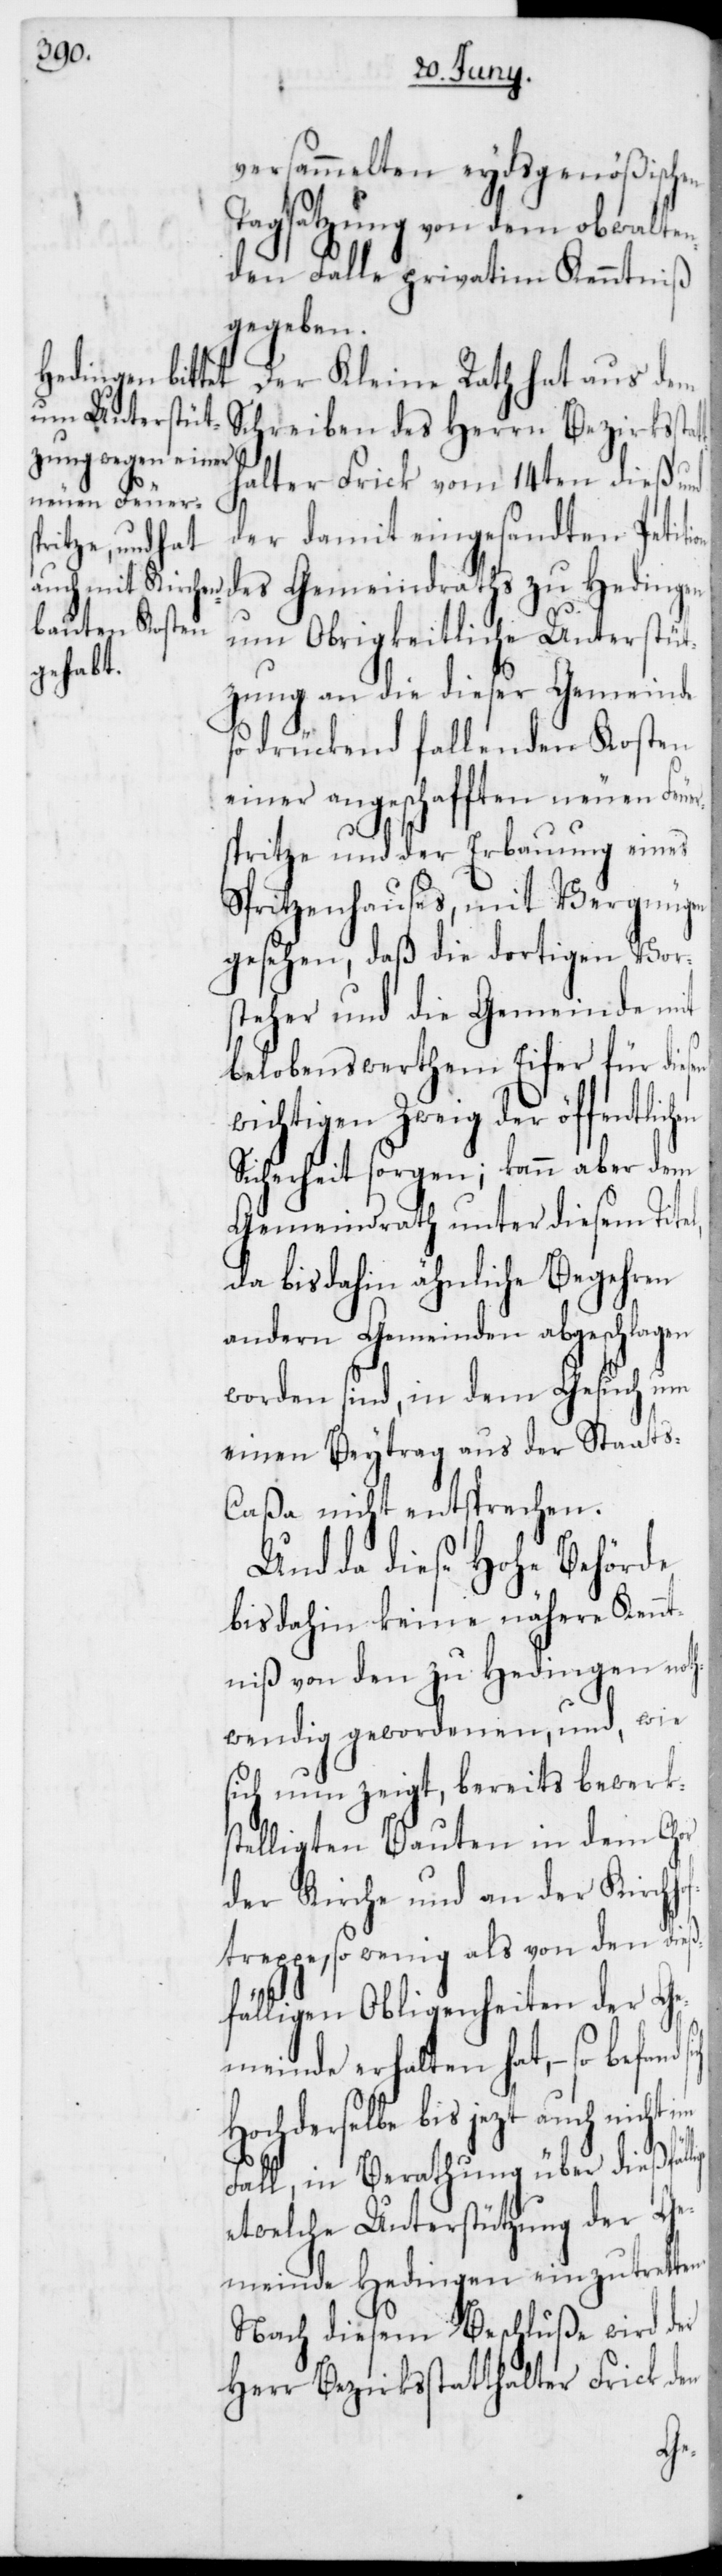
versammelten eydsgenößischen
Tagsatzung von dem obwalte¬
nden Falle privatim Kenntniß
gegeben.
Der Kleine Rath hat aus dem
Schreiben des Herrn Bezirkssta¬
halter Frick vom 14ten dieß und
der damit eingesandten Petit¬
des Gemeindraths zu Hedingen
um Obrigkeitliche Unterstüt¬
zung an die dieser Gemeinde
so drückend fallenden Kosten
einer angeschafften neuen Feue¬
rspritze und der Erbauung eines
Spritzenhauses, mit Vergnügen
gesehen, daß die dortigen Vor¬
steher und die Gemeinde mit
belobenswerthem Eifer für die¬
wichtigen Zweig der öffentlic¬
Sicherheit sorgen; kann aber dem
Gemeindrath unter diesem Tite¬
da bis dahin ähnliche Begehren
andern Gemeinden abgeschlagen
worden sind, in dem Gesuch um
einen Beytrag aus der Staats-C¬
aßa nicht entsprechen.
Und da diese Hohe Behörde
bis dahin keine nähere Kennt¬
niß von den zu Hedingen noth¬
wendig gewordenen, und, wie
sich nun zeigt, bereits bewerks¬
telligten Bauten in dem Chor
der Kirche und an der Kirchh¬
treppe, so wenig als von den dieß¬
fälligen Obligenheiten der Ge¬
meinde erhalten hat, – so befand
Hochderselbe bis jezt auch nicht
Fall, in Berathung über dießfäl¬
etwelche Unterstützung der Ge¬
meinde Hedingen einzutretten.
Nach diesem Beschluße wird der
Herr Bezirksstatthalter Frick den
lige